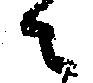
々